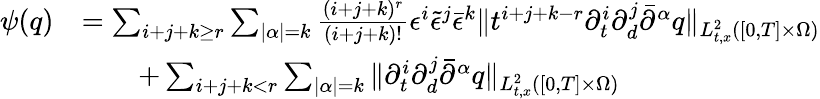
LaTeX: \begin{array}{rl}{\psi(q)}&{=\sum_{i+j+k\ge r}\sum_{|\alpha|=k}\frac{(i+j+k)^{r}}{(i+j+k)!}\epsilon^{i}\tilde{\epsilon}^{j}\bar{\epsilon}^{k}\| t^{i+j+k-r}\partial_{t}^{i}\partial_{d}^{j}\bar{\partial}^{\alpha}q\| _{L_{t,x}^{2}([0,T]\times\Omega)}}\\ &{\quad\quad+\sum_{i+j+k<r}\sum_{|\alpha|=k}\| \partial_{t}^{i}\partial_{d}^{j}\bar{\partial}^{\alpha}q\| _{L_{t,x}^{2}([0,T]\times\Omega)}}\end{array}